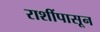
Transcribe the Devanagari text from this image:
राशींपासून